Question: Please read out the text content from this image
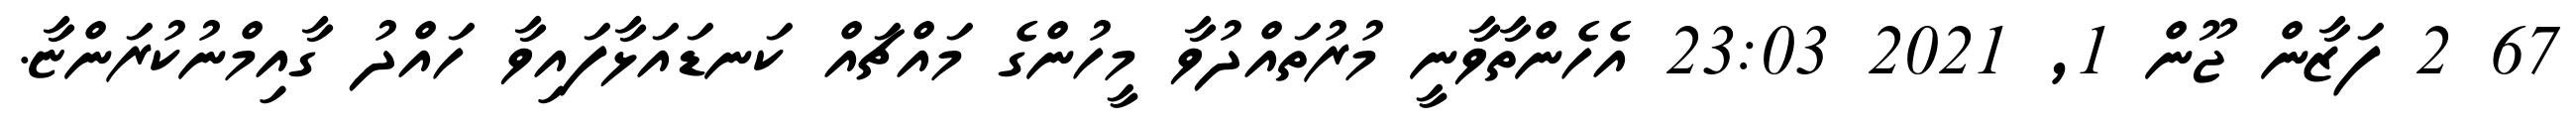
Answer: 67 2 ފަޒާން ޖޫން 1, 2021 23:03 އެހެންތާވާނީ މުރުތައްދުވާ މީހުންގެ މައްޗައް ކަނޑައަޅާފައިވާ ހައްދު ގާއިމްނުކުރަންޏާ.